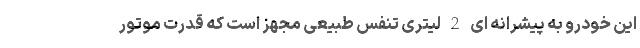
این خودرو به پیشرانه ای 2 لیتری تنفس طبیعی مجهز است که قدرت موتور